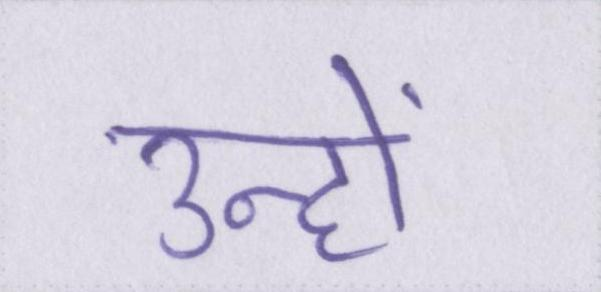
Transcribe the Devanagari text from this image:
उन्हों